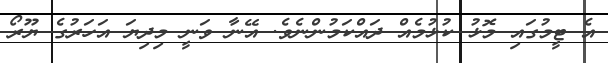
އެ ޓީމުގައި މޮޅު ކުޅުމެއް ދައްކަމުންނެވެ. އޭނާ ވަނީ މިދިޔަ އަހަރުގެ ޔޫރޯ